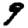
Digit: 9